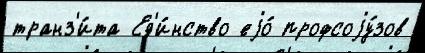
транз'и́та Ед'и́нство еjо́ профсоjу́зов